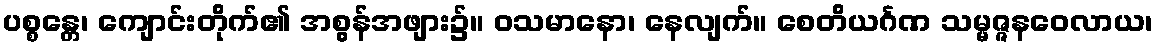
ပစ္စန္တေ၊ ကျောင်းတိုက်၏ အစွန်အဖျား၌။ ဝသမာနော၊ နေလျက်။ စေတိယင်္ဂဏ သမ္မဇ္ဇနဝေလာယ၊